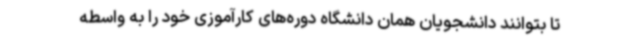
تا بتوانند دانشجویان همان دانشگاه دوره‌های کارآموزی خود را به واسطه